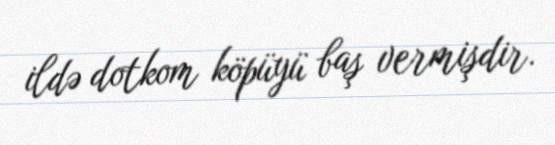
ildə dotkom köpüyü baş vermişdir.